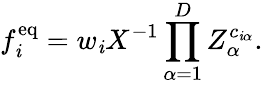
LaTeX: f_{\mathit{i}}^{\mathrm{{eq}}}=w_{\mathit{i}}X^{-1}\prod_{\alpha=1}^{D}Z_{\alpha}^{c_{\mathit{i}\alpha}}.